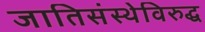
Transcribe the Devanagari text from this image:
जातिसंस्थेविरुद्ध